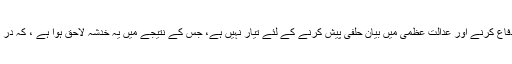
لیکن 35Aکے بارے میں مسئلہ یہ ہے کہ مودی سرکار اسکا دفاع کرنے اور عدالت عظمیٰ میں بیان حلفی پیش کرنے کے لئے تیار نہیں ہے، جس کے نتیجے میں یہ خدشہ لاحق ہوا ہے ، کہ در اصل حکومت آئین کی اس دفعہ کو ختم کرنے کے حق میں ہے۔